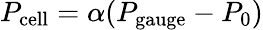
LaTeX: P_{\mathrm{cell}}=\alpha(P_{\mathrm{gauge}}-P_{0})